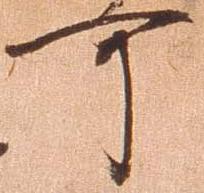
可